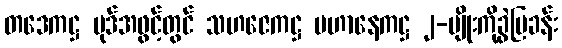
တဒေကဋ္ဌ ပုဒ်အဖွင့်တွင် သဟဇေကဋ္ဌ ပဟာနေကဋ္ဌ ၂-မျိုးကိုခွဲပြခန်း